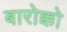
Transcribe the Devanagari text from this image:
बारोक्को